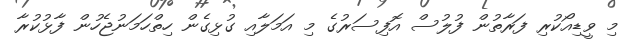
މި ވީޑިއޯކުރި ފަރާތުން ފުލުސް އޮފިސަރުގެ މި އަމަލާއި ގުޅިގެން ހިތްހަމަނުޖެހުން ފާޅުކުރާ